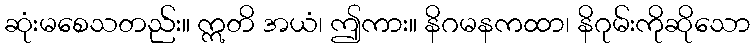
ဆုံးမစေသတည်း။ ဣတိ အယံ၊ ဤကား။ နိဂမနကထာ၊ နိဂုမ်းကိုဆိုသော